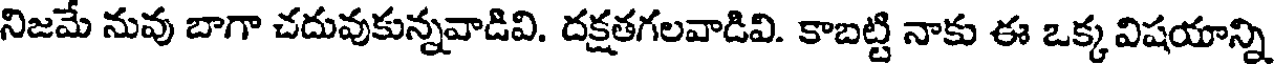
నిజమే నువు బాగా చదువుకున్నవాడివి. దక్షతగలవాడివి. కాబట్టి నాకు ఈ ఒక్క విషయాన్ని